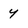
Character: 4